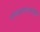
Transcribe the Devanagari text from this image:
गोरक्षनाथानीही